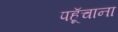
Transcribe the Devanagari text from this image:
पहूॅचाना